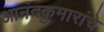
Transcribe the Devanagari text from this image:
आनंदकुमारांचे